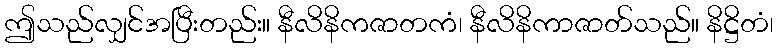
ဤသည်လျှင်အပြီးတည်း။ နီလိနိကဇာတကံ၊ နီလိနိကာဇာတ်သည်။ နိဋ္ဌိတံ၊